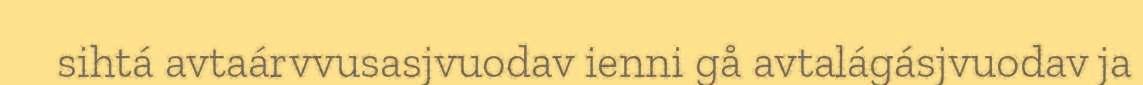
sihtá avtaárvvusasjvuodav ienni gå avtalágásjvuodav ja